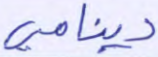
دينامي